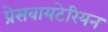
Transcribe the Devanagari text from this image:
प्रेसवायटेरियन